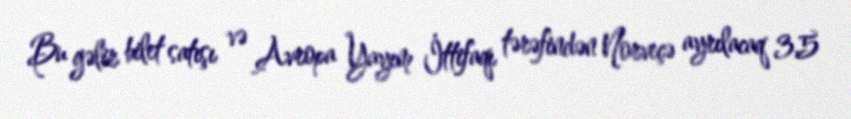
Bu gəlir bilet satışı və Avropa Yayım İttifaqı tərəfindən Norveçə ayrılacaq 3,5